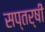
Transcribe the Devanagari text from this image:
सप्तर्षीं